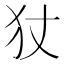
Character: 𭷹